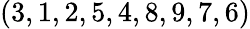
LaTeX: (3,1,2,5,4,8,9,7,6)